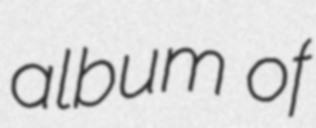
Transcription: album of